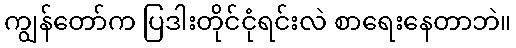
ကျွန်တော်က ပြဒါးတိုင်ငုံရင်းလဲ စာရေးနေတာဘဲ။